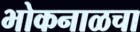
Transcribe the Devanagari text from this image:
भोकनाळचा